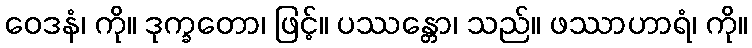
ဝေဒနံ၊ ကို။ ဒုက္ခတော၊ ဖြင့်။ ပဿန္တော၊ သည်။ ဖဿာဟာရံ၊ ကို။